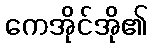
ကေအိုင်အို၏